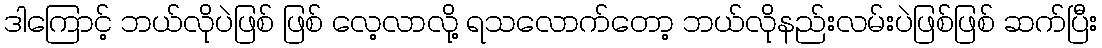
ဒါကြောင့် ဘယ်လိုပဲဖြစ် ဖြစ် လေ့လာလို့ ရသလောက်တော့ ဘယ်လိုနည်းလမ်းပဲဖြစ်ဖြစ် ဆက်ပြီး